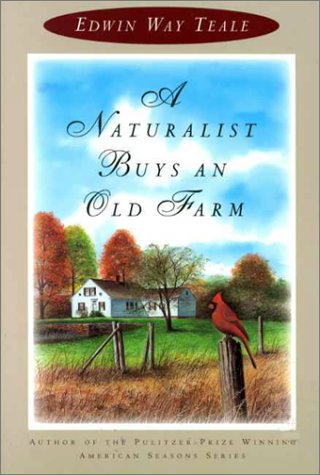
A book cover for A Naturalist Buys an Old Farm; Edwin Way Teale; Biographies & Memoirs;